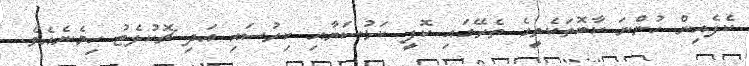
ކެފެއިން ހުންނަ ކާބޮތަކެތީގެ ތެރޭގައި ކޮފީ ކަޅުސަޔާއި ކިރުސައި އަދި ޗޮކުލެޓު ހިމެނެއެވެ.